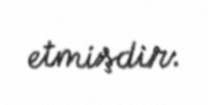
etmişdir.